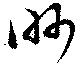
眇